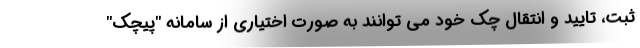
ثبت، تایید و انتقال چک خود می توانند به صورت اختیاری از سامانه "پیچک"